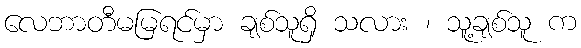
လေဘာတီမမြရင်မှာ ချစ်သူရှိ သလား ၊ သူ့ချစ်သူ က